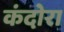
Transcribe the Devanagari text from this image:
कंदोरा